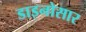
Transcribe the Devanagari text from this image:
डाइनोसार